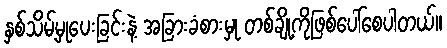
နှစ်သိမ့်မှုပေးခြင်းနဲ့ အခြားခံစားမှု တစ်ချို့ကိုဖြစ်ပေါ်စေပါတယ်။